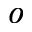
^ o